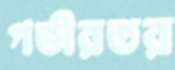
গভীরতর